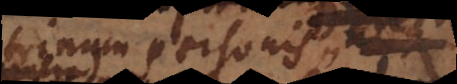
trinum personis,